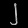
Digit: ၂